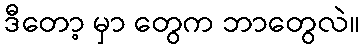
ဒီတော့ မှာ တွေက ဘာတွေလဲ။